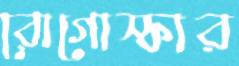
রোগোস্কার